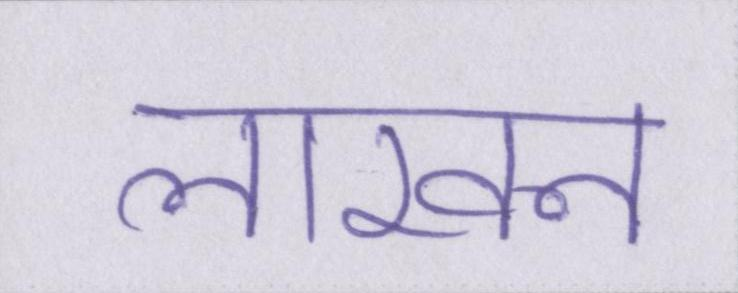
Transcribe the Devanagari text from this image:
लाखन